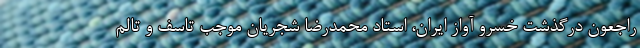
راجعون درگذشت خسرو آواز ایران، استاد محمدرضا شجریان موجب تاسف و تالم